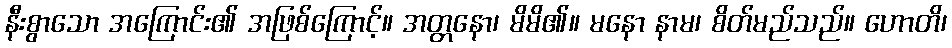
နီးစွာသော အကြောင်း၏ အဖြစ်ကြောင့်။ အတ္တနော၊ မိမိ၏။ မနော နာမ၊ စိတ်မည်သည်။ ဟောတိ၊